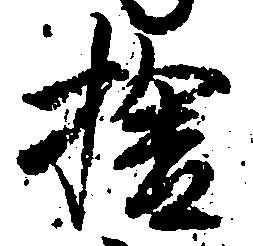
捨